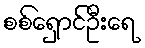
စစ်ရှောင်ဦးရေ